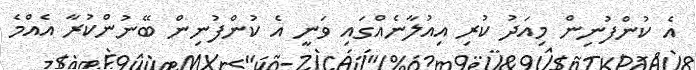
އެ ކުންފުނިން މިއަދު ކުރި އިއުލާނެއްގައި ވަނީ އެ ކުންފުނިން ބޭނުންކުރާ އެއްމެ